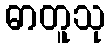
ဓာတူသု